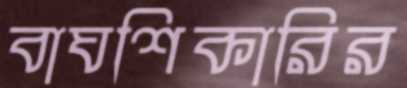
বাঘশিকারির